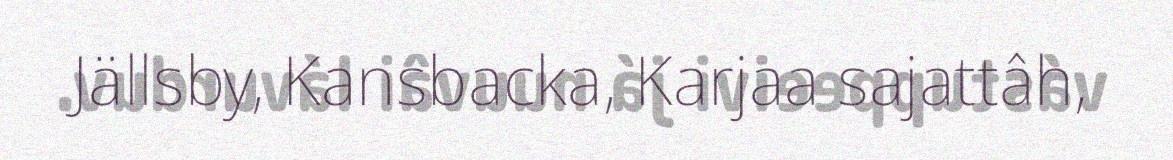
Jällsby, Kansbacka, Karjaa sajattâh,